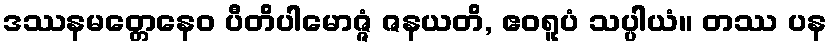
ဒဿနမတ္တေနေဝ ပီတိပါမောဇ္ဇံ ဇနယတိ, ဧဝရူပံ သပ္ပါယံ။ တဿ ပန